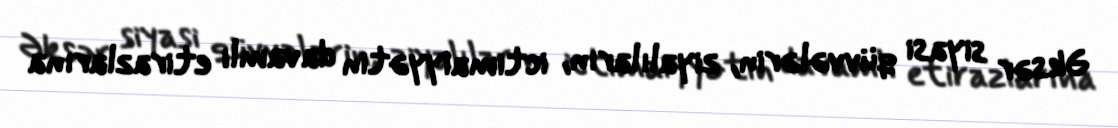
Əksər siyasi qüvvələrin, ziyalıların, ictimaiyyətin davamlı etirazlarına